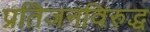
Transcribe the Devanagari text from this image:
प्रतिजनविरुद्ध